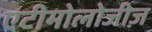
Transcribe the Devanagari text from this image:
एटीमोलोजीज़